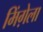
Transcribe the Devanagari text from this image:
मिंग़ेला